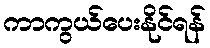
ကာကွယ်ပေးနိုင်ရန်